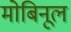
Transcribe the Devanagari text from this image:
मोबिनूल